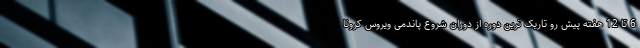
6 تا 12 هفته پیش رو تاریک ترین دوره از دوران شروع پاندمی ویروس کرونا